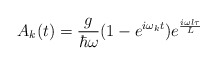
\begin{align*}A_k(t)=\frac{g}{\hbar\omega}(1-e^{i\omega_k t})e^{\frac{i\omega l\tau}{L}}\end{align*}